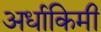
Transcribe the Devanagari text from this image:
अर्धाकिमी